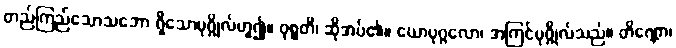
တည်ကြည်သောသဘော ရှိသောပုဂ္ဂိုလ်ဟူ၍။ ဝုစ္စတိ၊ ဆိုအပ်၏။ ယောပုဂ္ဂလော၊ အကြင်ပုဂ္ဂိုလ်သည်။ တိဏ္ဏော၊